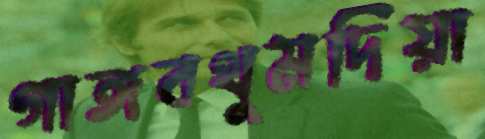
গাঙ্গবথুমদিয়া